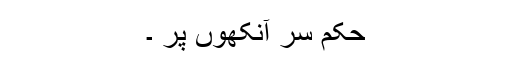
حکم سر آنکھوں پر ۔